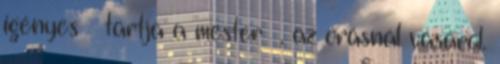
igényes – tartja a mester –, az órásnál vásárol.